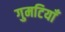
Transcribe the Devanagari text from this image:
गुमटियाँ